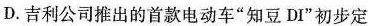
D.吉利公司推出的首款电动车”知豆DI”初步定